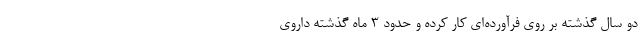
دو سال گذشته بر روی فرآورده‌ای کار کرده و حدود ۳ ماه گذشته داروی